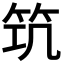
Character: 𥬑